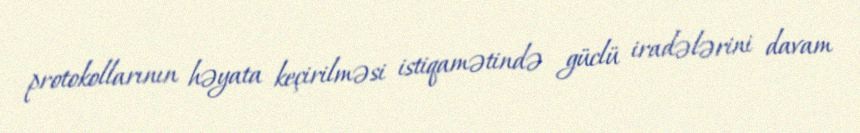
protokollarının həyata keçirilməsi istiqamətində güclü iradələrini davam